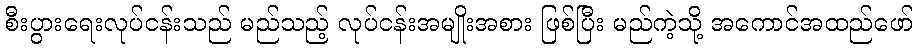
စီးပွားရေးလုပ်ငန်းသည် မည်သည့် လုပ်ငန်းအမျိုးအစား ဖြစ်ပြီး မည်ကဲ့သို့ အကောင်အထည်ဖော်